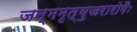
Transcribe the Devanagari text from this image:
जन्ममृत्युजरारोगैः